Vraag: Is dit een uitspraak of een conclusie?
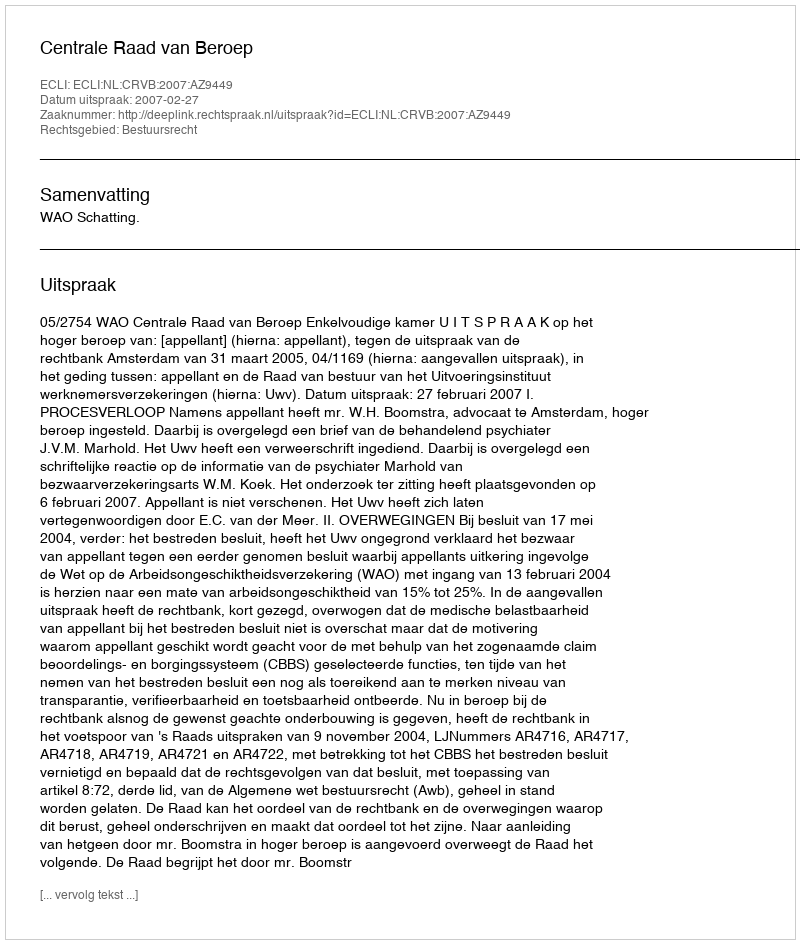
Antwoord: Uitspraak